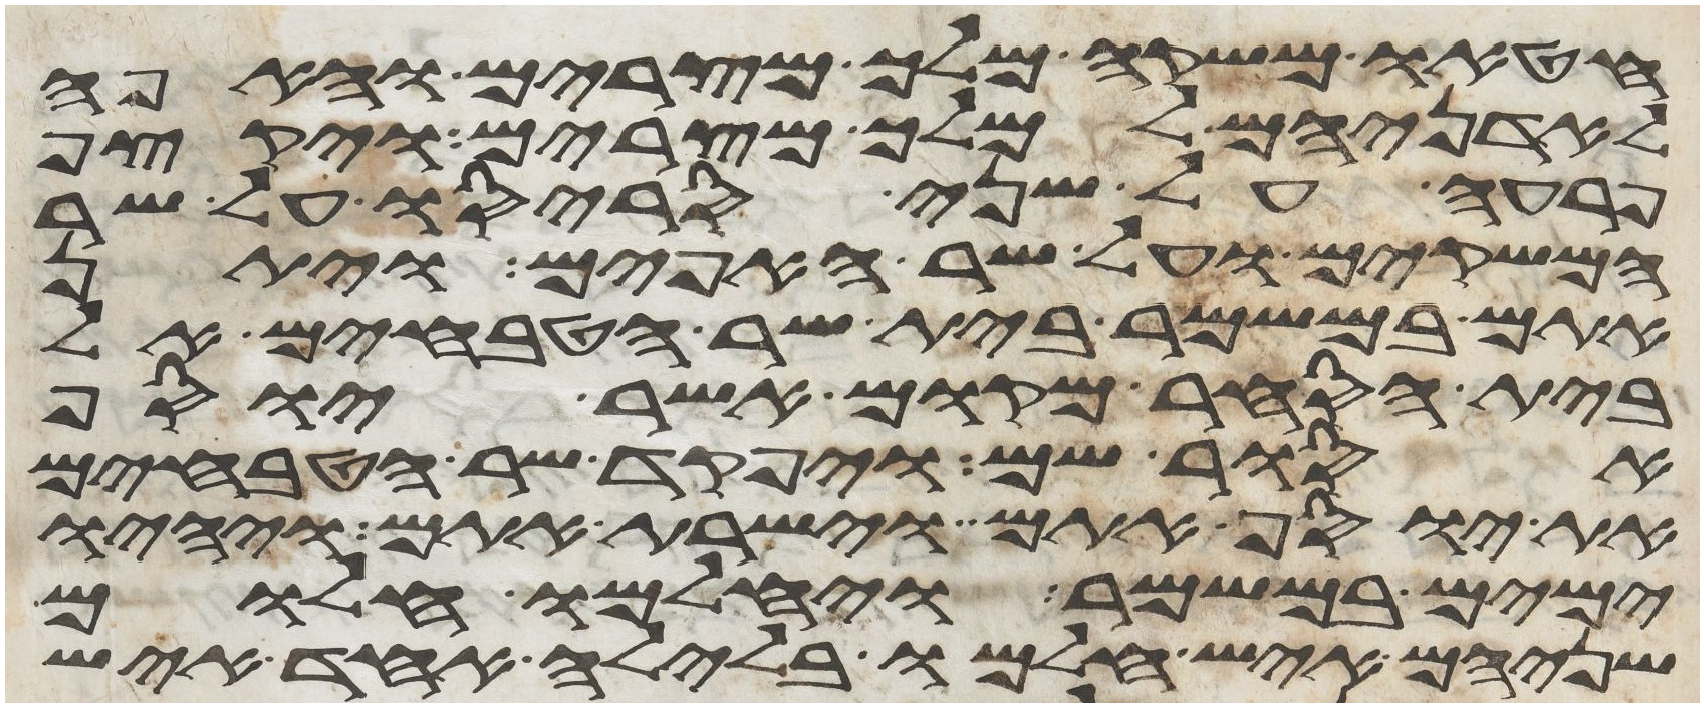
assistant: חטאו משקה מלך מצרים והאפה
לאדניהם למלך מצרים ויקצף
פרעה על שני סריסיו על שר
המשקים ועל שר האפים ויתן
אתם במשמר בית שר הטבחים אל
בית הסחר מקום אשר יוסף
אסור שם ויפקד שר הטבחים
את יוסף אתם וישרת אתם ויהיו
ימים במשמר ויחלמו חלום
שניהם איש חלמו בלילה אחד איש